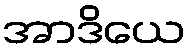
အာဒိယေ